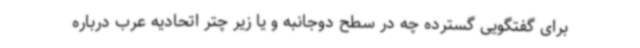
برای گفتگویی گسترده چه در سطح دوجانبه و یا زیر چتر اتحادیه عرب درباره